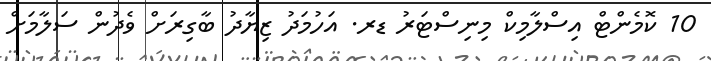
10 ކޮމެންޓް އިސްލާމިކް މިނިސްޓަރު ޑރ. އަހުމަދު ޒިޔާދު ބާގިރަށް ވެދުން ސަލާމަށް